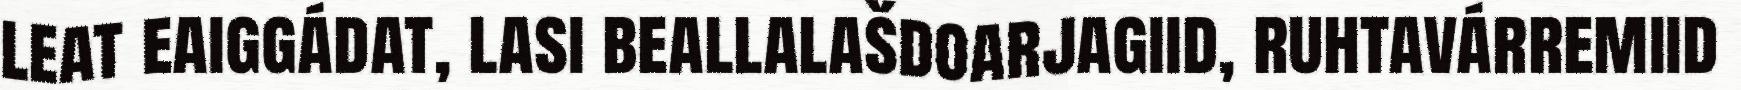
leat eaiggádat, lasi beallalašdoarjagiid, ruhtavárremiid